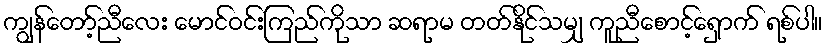
ကျွန်တော့်ညီလေး မောင်ဝင်းကြည်ကိုသာ ဆရာမ တတ်နိုင်သမျှ ကူညီစောင့်ရှောက် ရစ်ပါ။